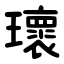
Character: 瓌